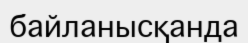
байланысқанда